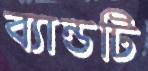
ব্যান্ডটি